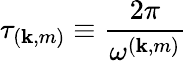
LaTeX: \tau_{(\mathbf{k},m)}\equiv\frac{{2\pi}}{{\omega^{(\mathbf{k},m)}}}